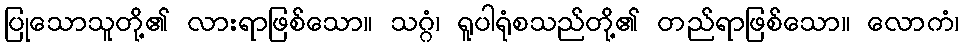
ပြုသောသူတို့၏ လားရာဖြစ်သော။ သဂ္ဂံ၊ ရူပါရုံစသည်တို့၏ တည်ရာဖြစ်သော။ လောကံ၊